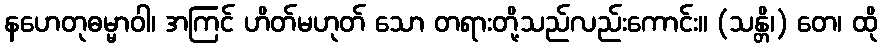
နဟေတုဓမ္မာဝါ၊ အကြင် ဟိတ်မဟုတ် သော တရားတို့သည်လည်းကောင်း။ (သန္တိ၊) တေ၊ ထို